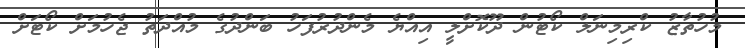
މުހުތާޒު ކްރިމިނަލް ކޯޓުން ދޫކޮށްލީ އިއްޔެ މެންދުރުފަހު ބަންދުގެ މުއްދަތު ޖެހުމަށް ކޯޓަށް